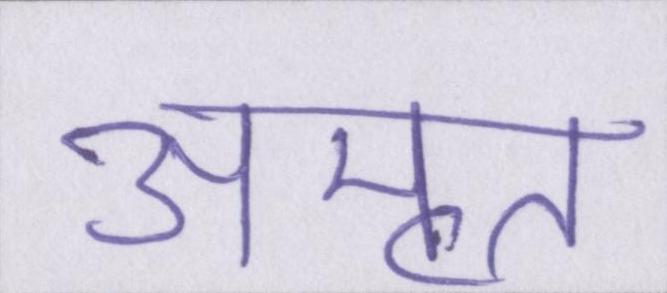
अमृत